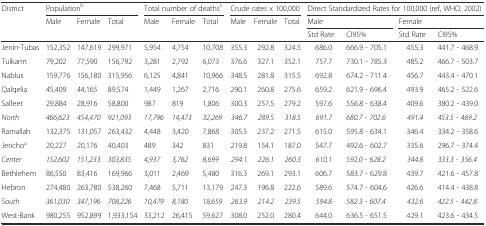
<table><thead><tr><td rowspan="2"><b>District</b></td><td colspan="3"><b>Population<sup>b</sup></b></td><td colspan="3"><b>Total number of deaths<sup>c</sup></b></td><td colspan="3"><b>Crude rates x 100,000</b></td><td colspan="4"><b>Direct Standardized Rates for 100,000 (ref, WHO, 2002)</b></td></tr><tr><td><b>Male</b></td><td><b>Female</b></td><td><b>Total</b></td><td><b>Male</b></td><td><b>Female</b></td><td><b>Total</b></td><td><b>Male</b></td><td><b>Female</b></td><td><b>Total</b></td><td colspan="2"><b>Male</b></td><td colspan="2"><b>Female</b></td></tr><tr><td colspan="10"></td><td><b>Std Rate</b></td><td><b>CI95%</b></td><td><b>Std Rate</b></td><td><b>CI95%</b></td></tr></thead><tbody><tr><td>Jenin-Tubas</td><td>152,352</td><td>147,619</td><td>299,971</td><td>5,954</td><td>4,754</td><td>10,708</td><td>355.3</td><td>292.8</td><td>324.5</td><td>686.0</td><td>666.9 - 705.1</td><td>455.3</td><td>441.7 - 468.9</td></tr><tr><td>Tulkarm</td><td>79,202</td><td>77,590</td><td>156,792</td><td>3,281</td><td>2,792</td><td>6,073</td><td>376.6</td><td>327.1</td><td>352.1</td><td>757.7</td><td>730.1 - 785.3</td><td>485.2</td><td>466.7 - 503.7</td></tr><tr><td>Nablus</td><td>159,776</td><td>156,180</td><td>315,956</td><td>6,125</td><td>4,841</td><td>10,966</td><td>348.5</td><td>281.8</td><td>315.5</td><td>692.8</td><td>674.2 - 711.4</td><td>456.7</td><td>443.4 - 470.1</td></tr><tr><td>Qalqelia</td><td>45,409</td><td>44,165</td><td>89,574</td><td>1,449</td><td>1,267</td><td>2,716</td><td>290.1</td><td>260.8</td><td>275.6</td><td>659.2</td><td>621.9 - 696.4</td><td>493.9</td><td>465.2 - 522.6</td></tr><tr><td>Salfeet</td><td>29,884</td><td>28,916</td><td>58,800</td><td>987</td><td>819</td><td>1,806</td><td>300.3</td><td>257.5</td><td>279.2</td><td>597.6</td><td>556.8 - 638.4</td><td>409.6</td><td>380.2 - 439.0</td></tr><tr><td><i>North</i></td><td><i>466,623</i></td><td><i>454,470</i></td><td><i>921,093</i></td><td><i>17,796</i></td><td><i>14,473</i></td><td><i>32,269</i></td><td><i>346.7</i></td><td><i>289.5</i></td><td><i>318.5</i></td><td><i>691.7</i></td><td><i>680.7 - 702.6</i></td><td><i>491.4</i></td><td><i>453.5 - 469.2</i></td></tr><tr><td>Ramallah</td><td>132,375</td><td>131,057</td><td>263,432</td><td>4,448</td><td>3,420</td><td>7,868</td><td>305.5</td><td>237.2</td><td>271.5</td><td>615.0</td><td>595.8 - 634.1</td><td>346.4</td><td>334.2 - 358.6</td></tr><tr><td>Jericho<sup>a</sup></td><td>20,227</td><td>20,176</td><td>40,403</td><td>489</td><td>342</td><td>831</td><td>219.8</td><td>154.1</td><td>187.0</td><td>547.7</td><td>492.6 - 602.7</td><td>335.6</td><td>296.7 - 374.4</td></tr><tr><td><i>Center</i></td><td><i>152,602</i></td><td><i>151,233</i></td><td><i>303,835</i></td><td><i>4,937</i></td><td><i>3,762</i></td><td><i>8,699</i></td><td><i>294.1</i></td><td><i>226.1</i></td><td><i>260.3</i></td><td><i>610.1</i></td><td><i>592.0 - 628.2</i></td><td><i>344.8</i></td><td><i>333.3 - 356.4</i></td></tr><tr><td>Bethlehem</td><td>86,550</td><td>83,416</td><td>169,966</td><td>3,011</td><td>2,469</td><td>5,480</td><td>316.3</td><td>269.1</td><td>293.1</td><td>606.7</td><td>583.7 - 629.8</td><td>439.7</td><td>421.6 - 457.8</td></tr><tr><td>Hebron</td><td>274,480</td><td>263,780</td><td>538,260</td><td>7,468</td><td>5,711</td><td>13,179</td><td>247.3</td><td>196.8</td><td>222.6</td><td>589.6</td><td>574.7 - 604.6</td><td>426.6</td><td>414.4 - 438.8</td></tr><tr><td><i>South</i></td><td><i>361,030</i></td><td><i>347,196</i></td><td><i>708,226</i></td><td><i>10,479</i></td><td><i>8,180</i></td><td><i>18,659</i></td><td><i>263.9</i></td><td><i>214.2</i></td><td><i>239.5</i></td><td><i>594.8</i></td><td><i>582.3 - 607.4</i></td><td><i>432.6</i></td><td><i>422.5 - 442.8</i></td></tr><tr><td>West-Bank</td><td>980,255</td><td>952,899</td><td>1,933,154</td><td>33,212</td><td>26,415</td><td>59,627</td><td>308.0</td><td>252.0</td><td>280.4</td><td>644.0</td><td>636.5 - 651.5</td><td>429.1</td><td>423.6 - 434.5</td></tr></tbody></table>